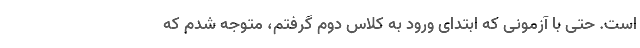
است. حتی با آزمونی که ابتدای ورود به کلاس دوم گرفتم، متوجه شدم که